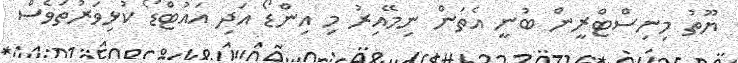
ޔޫތު މިނިސްޓްރީން ބުނީ އެތަން ނިމޭއިރު މި އިންޑޯ އަދި އައުޓްޑޯ ކުޅިވަރުތަވެސް